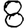
Digit: 8